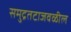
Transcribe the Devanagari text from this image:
समुद्रतटाजवळील